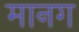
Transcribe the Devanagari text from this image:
मानग